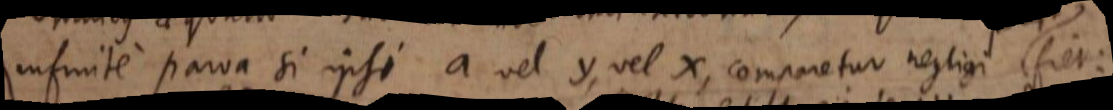
infinite parva si ipsi a vel y, vel x, comparetur negligi fiet: